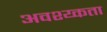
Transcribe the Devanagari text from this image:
अवश्य्कता